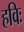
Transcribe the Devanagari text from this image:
हविः